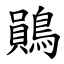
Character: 鶰